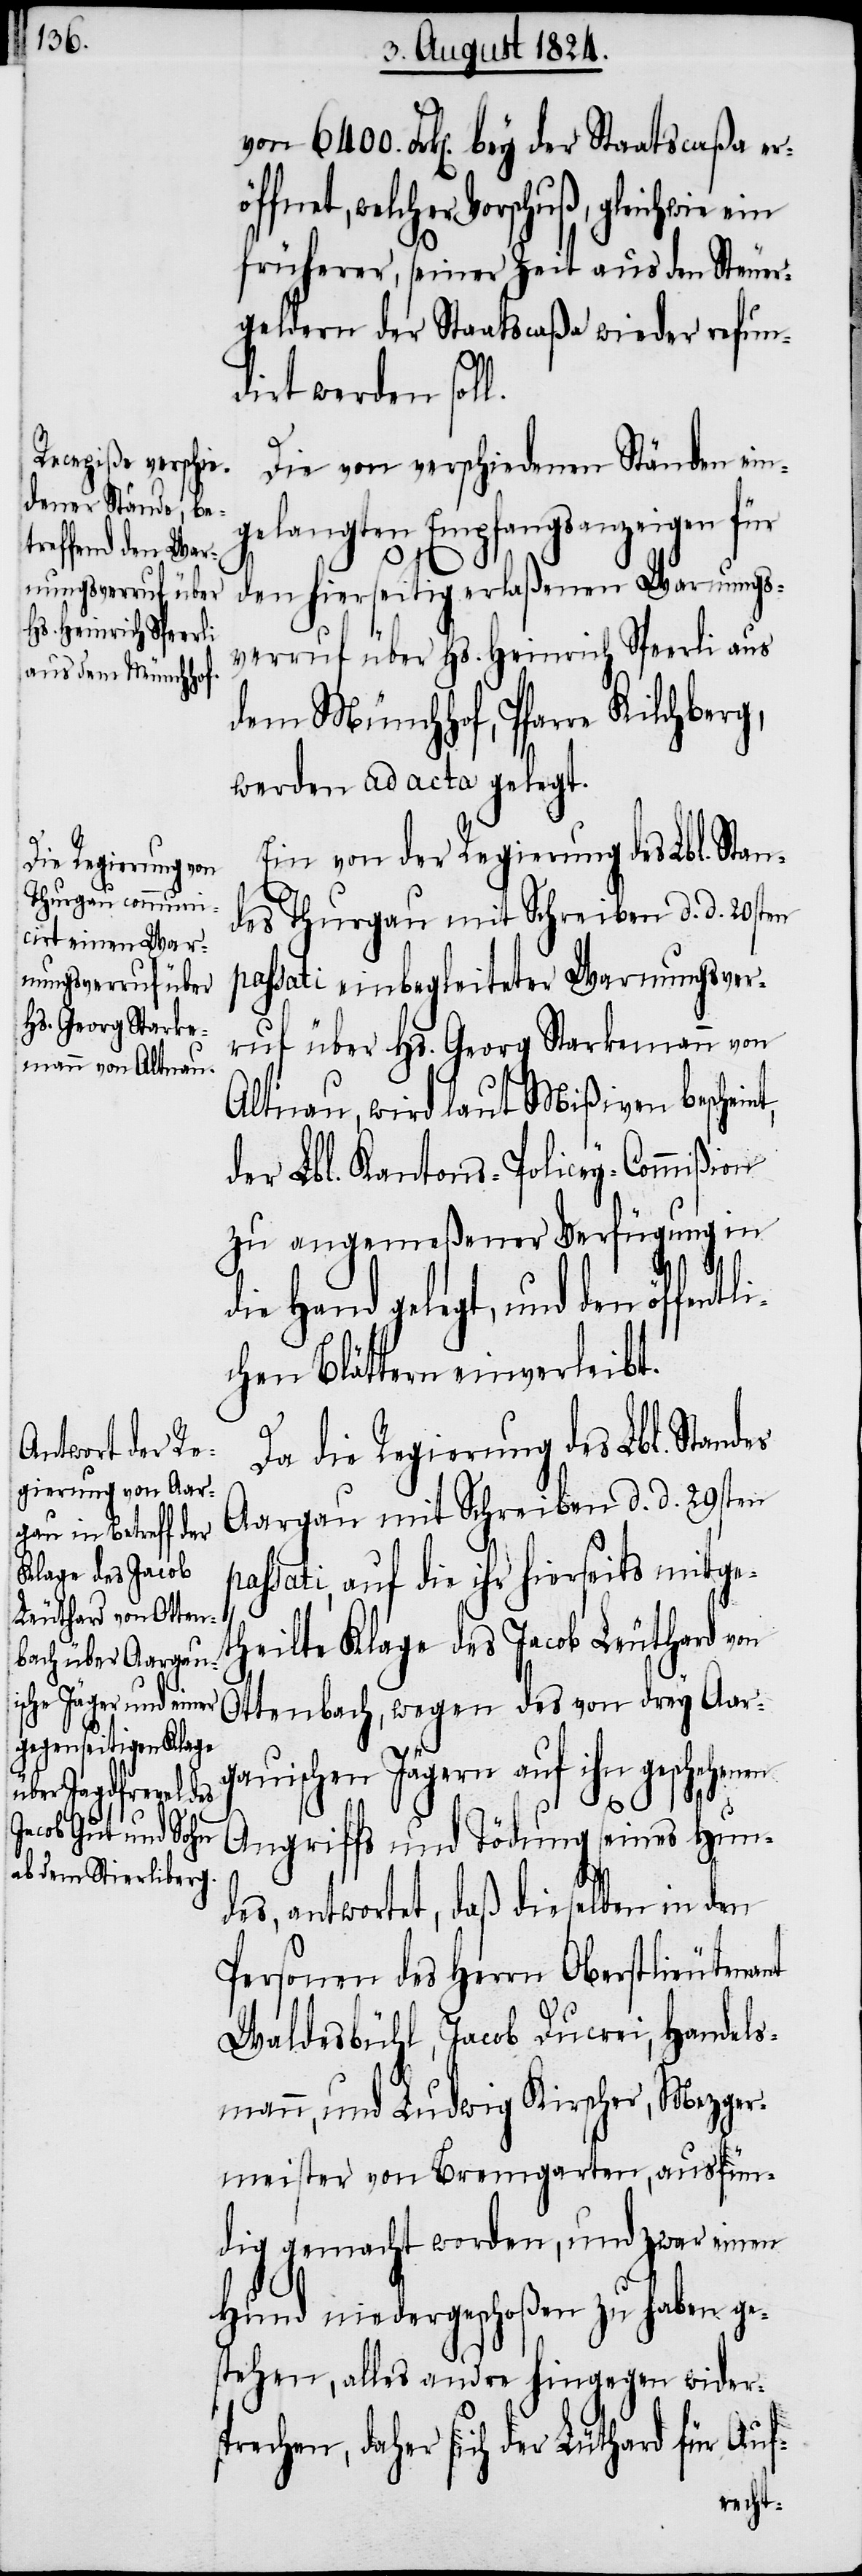
von 6400. Frk[en]. bey der Staatscaßa er¬
fnet, welcher Vorschuß, gleichwie
früherer, seiner Zeit aus den Steuer¬
geldern der Staatscaßa wieder refun¬
dirt werden soll.
Die von verschiedenen Ständen ein¬
gelangten Empfangsanzeigen für
es
den hierseitig erlaßenen Warnungs¬
verruf über Hs. Heinrich Speerli aus
dem Münchhof, Pfarre Kilchberg,
werden ad acta gelegt
Ein von der Regierung des Lbl. Stan¬
des Thurgau mit Schreiben d. d. 20sten
passati einbegleiteter Warnungsver¬
ruf über Hs. Georg Starkemann von
Altnau, wird laut Mißiven beschei¬
der Lbl. Kantons-Policey-Commißion
zu angemeßener Verfügung in
i¬
die Hand gelegt, und den öffentl¬
chen Blättern einverleibt.
Da die Regierung des Lbl. Stand¬
Aargau mit Schreiben d. d. 29sten
passati, auf die ihr hierseits mitge¬
theilte Klage des Jacob Leuthard von
Ottenbach, wegen des von drey Aar¬
gauischen Jägern auf ihn geschehenen
Angriffs und Tödung seines Hun¬
des, antwortet, daß dieselben in den
Personen des Herrn Oberstlieutenant
Waldesbühl, Jacob Ducrei, Handels¬
mann, und Ludwig Kirscher, Mezger¬
meister von Bremgarten, ausfün¬
dig gemacht worden, und zwar einen
Hund niedergeschoßen zu haben ge¬
stehen, alles andre hingegen wider¬
sprechen, daher sich der Lüthard [sic] für